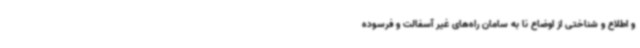
و اطلاع و شناختی از اوضاع نا به سامان راه‌های غیر آسفالت و فرسوده